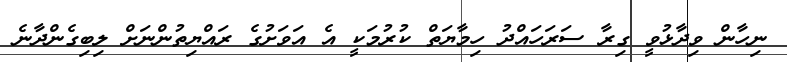
ނިހާން ވިދާޅުވީ ގިރާ ސަރަހައްދު ހިމާޔަތް ކުރުމަކީ އެ އަވަށުގެ ރައްޔިތުންނަށް ލިބިގެންދާނެ